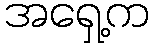
အရှေ့က